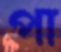
পা